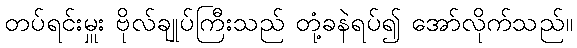
တပ်ရင်းမှူး ဗိုလ်ချုပ်ကြီးသည် တုံ့ခနဲရပ်၍ အော်လိုက်သည်။